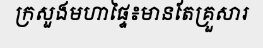
ក្រសួងមហាផ្ទៃ៖មានតែគ្រួសារ